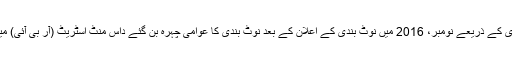
ایک سال بعد مودی کے ذریعے نومبر، 2016 میں نوٹ بندی کے اعلان کے بعد نوٹ بندی کا عوامی چہرہ بن گئے داس منٹ اسٹریٹ (آر بی آئی) میں پہنچ چکے ہیں۔